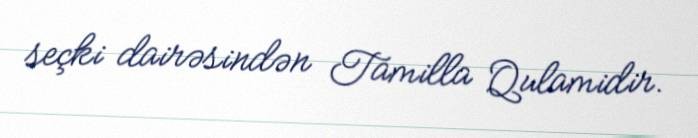
seçki dairəsindən Tamilla Qulamidir.